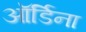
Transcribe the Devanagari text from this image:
ऑर्डिना